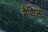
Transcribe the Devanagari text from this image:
मैथिलः